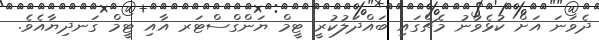
ދެވަނަ އަށް ކުޅެވުނު މެޗްގައި ބައްދަލުކުރީ ޓީމް ޔަންގްސްޓަރ އާއި ޓީމް ގަނދިޔާއެވެ.